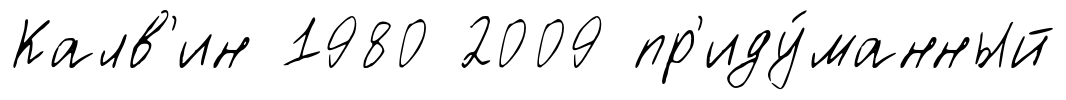
Калв'ин 1980 2009 пр'иду́манный